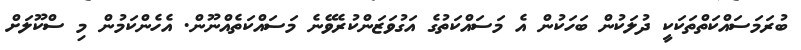
ބުރަމަސައްކަތްތަކަކީ ދުލަކުން ބަހަކުން އެ މަސައްކަތުގެ އަގުވަޒަންކުރެވޭނެ މަސައްކަތެއްނޫން. އެހެންކަމުން މި ސްކޫލަށް